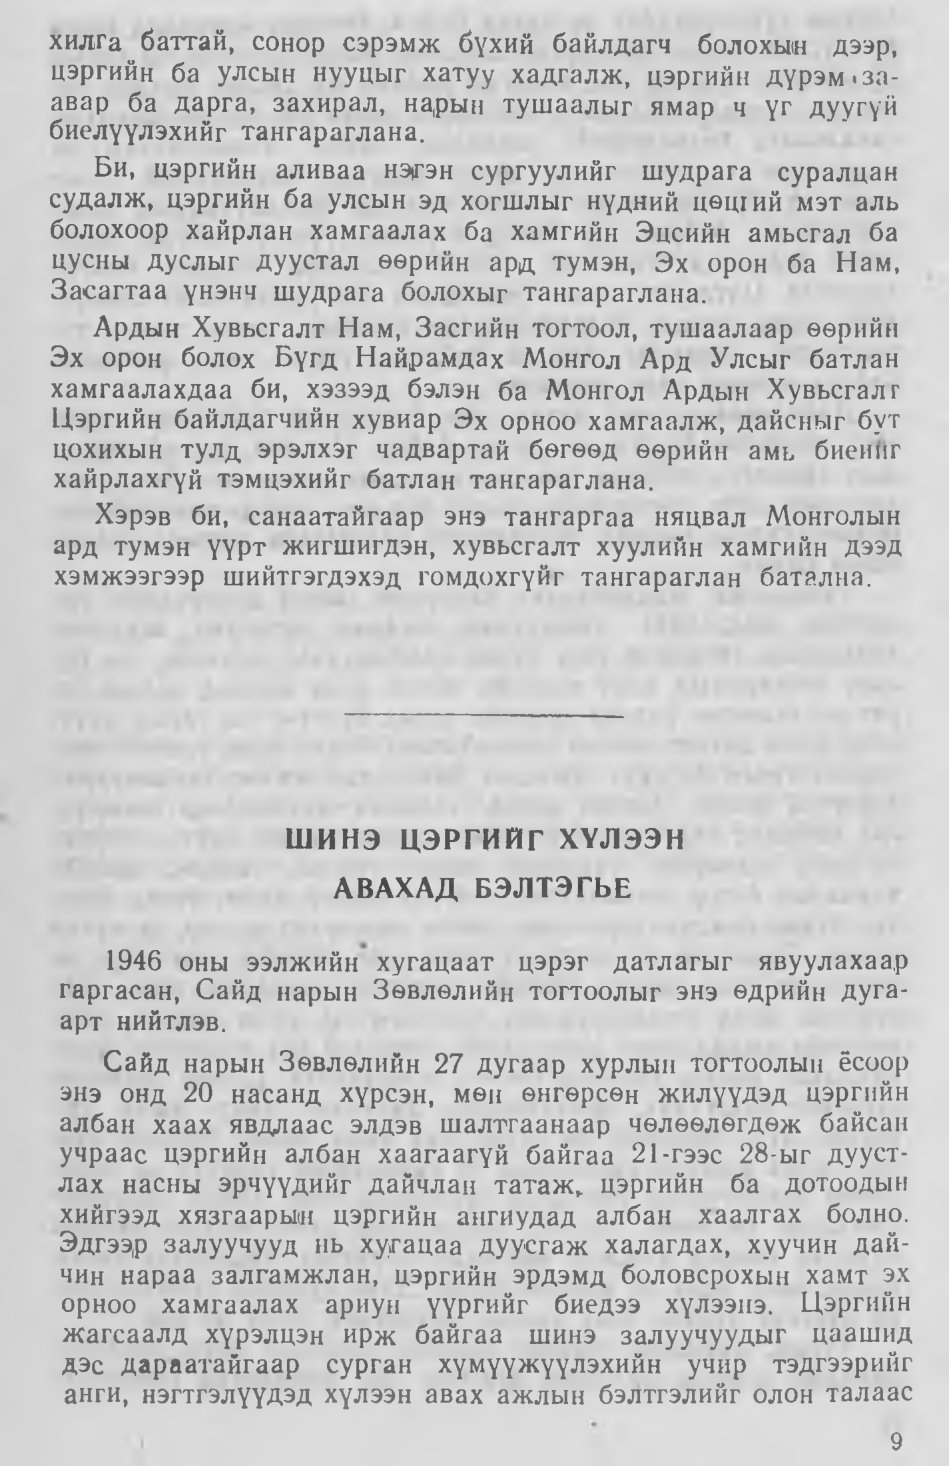
Language: mn